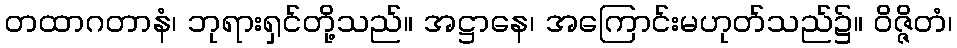
တထာဂတာနံ၊ ဘုရားရှင်တို့သည်။ အဋ္ဌာနေ၊ အကြောင်းမဟုတ်သည်၌။ ဝိဇ္ဇိတံ၊